Lunatic asylums Central Provinces reports 1910-1926 - 1910-1926
Year: 1910
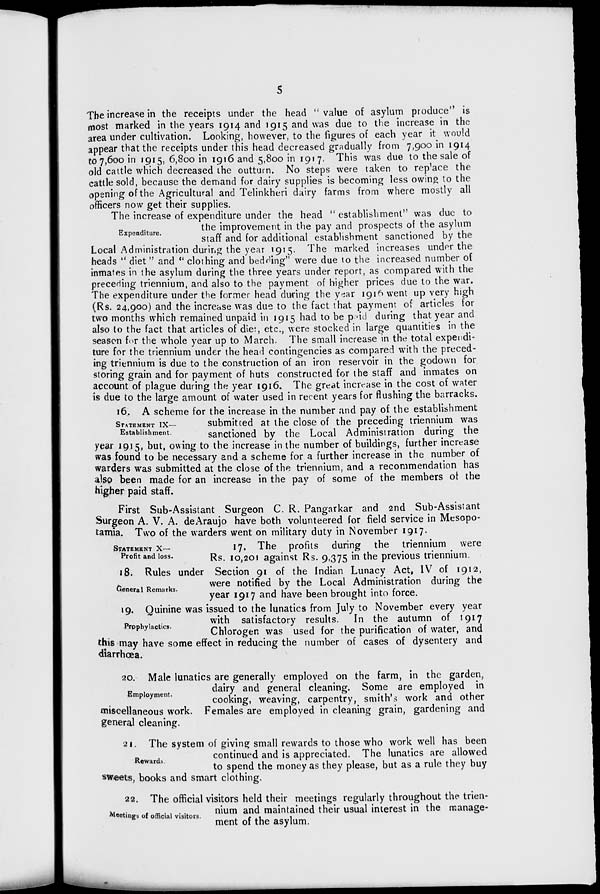
5
The increase in the receipts under the head "value of asylum produce" is
most marked in the years 1914 and 1915 and was due to the increase in the
area under cultivation. Looking, however, to the figures of each year it would
appear that the receipts under this head decreased gradually from 7,900 in 1914
to 7,600 in 1915, 6,800 in 1916 and 5,800 in 1917. This was due to the sale of
old cattle which decreased the outturn. No steps were taken to replace the
cattle sold, because the demand for dairy supplies is becoming less owing to the
opening of the Agricultural and Telinkheri dairy farms from where mostly all
officers now get their supplies.
Expenditure.
The increase of expenditure under the head " establishment" was due to
the improvement in the pay and prospects of the asylum
staff and for additional establishment sanctioned by the
Local Administration during the year 1915. The marked increases under the
heads " diet" and " clothing and bedding" were due to the increased number of
inmates in the asylum during the three years under report, as compared with the
preceding triennium, and also to the payment of higher prices due to the war.
The expenditure under the former head during the year 1916 went up very high
(Rs. 24,900) and the increase was due to the fact that payment of articles for
two months which remained unpaid in 1915 had to be paid during that year and
also to the fact that articles of diet, etc., were stocked in large quantities in the
season for the whole year up to March. The small increase in the total expendi-
ture for the triennium under the head contingencies as compared with the preced-
ing triennium is due to the construction of an iron reservoir in the godown for
storing grain and for payment of huts constructed for the staff and inmates on
account of plague during the year 1916. The great increase in the cost of water
is due to the large amount of water used in recent years for flushing the barracks.
STATEMENT IX—
Establishment.
16. A scheme for the increase in the number and pay of the establishment
submitted at the close of the preceding triennium was
sanctioned by the Local Administration during the
year 1915, but, owing to the increase in the number of buildings, further increase
was found to be necessary and a scheme for a further increase in the number of
warders was submitted at the close of the triennium, and a recommendation has
also been made for an increase in the pay of some of the members of the
higher paid staff.
First Sub-Assistant Surgeon C. R. Pangarkar and 2nd Sub-Assistant
Surgeon A. V. A. deAraujo have both volunteered for field service in Mesopo-
tamia. Two of the warders went on military duty in November 1917.
STATEMENT X—
Profit and loss.
17. The profits during the triennium were
Rs. 10,201 against Rs. 9,375 in the previous triennium
General Remarks.
18. Rules under Section 91 of the Indian Lunacy Act, IV of 1912,
were notified by the Local Administration during the
year 1917 and have been brought into force.
Prophylactics.
19. Quinine was issued to the lunatics from July to November every year
with satisfactory results. In the autumn of 1917
Chlorogen was used for the purification of water, and
this may have some effect in reducing the number of cases of dysentery and
diarrhœa.
Employment.
20. Male lunatics are generally employed on the farm, in the garden,
dairy and general cleaning. Some are employed in
cooking, weaving, carpentry, smith's work and other
miscellaneous work. Females are employed in cleaning grain, gardening and
general cleaning.
Rewards.
21. The system of giving small rewards to those who work well has been
continued and is appreciated. The lunatics are allowed
to spend the money as they please, but as a rule they buy
sweets, books and smart clothing.
Meetings of official visitors.
22. The official visitors held their meetings regularly throughout the trien-
nium and maintained their usual interest in the manage-
ment of the asylum.